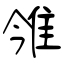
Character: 雂